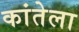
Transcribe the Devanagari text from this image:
कांतेला